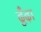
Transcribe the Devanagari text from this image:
ढूँंढ़ा